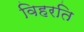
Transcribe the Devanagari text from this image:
विहरति